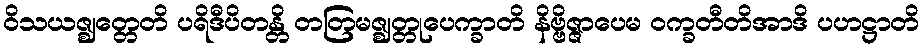
ဝိသယဇ္ဈတ္တေတိ ပရိဒီပိတန္တိ တတြမဇ္ဈတ္တုပေက္ခာတိ နိဗ္ဗိဇ္ဇာပေမ ဝက္ခတီတိအာဒိ ပဟဋ္ဌာတိ